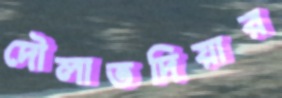
দৌলাতদিয়ার